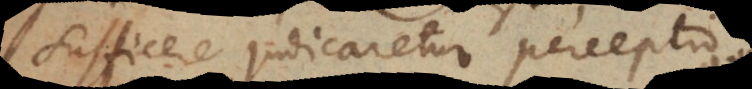
sufficere judicaretur perceptio